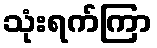
သုံးရက်ကြာ